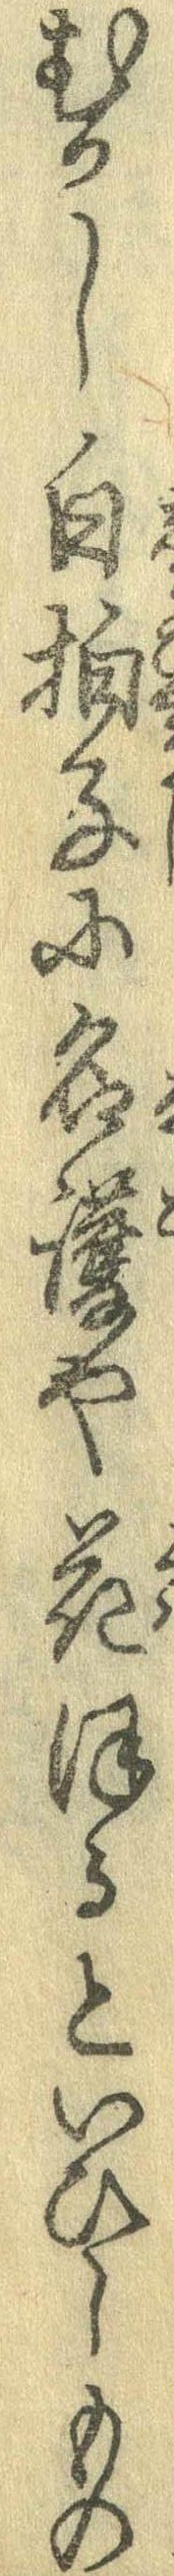
むかし白拍子に名護や花ほるといひしもの